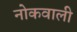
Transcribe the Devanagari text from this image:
नोकवाली